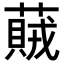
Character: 𦽒